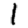
Digit: 1